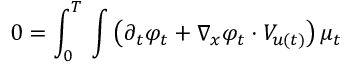
\begin{array} { c } { \displaystyle 0 = \int _ { 0 } ^ { T } \d t \int \left( \partial _ { t } \varphi _ { t } + \nabla _ { x } \varphi _ { t } \cdot V _ { u ( t ) } \right) \d \mu _ { t } } \end{array}